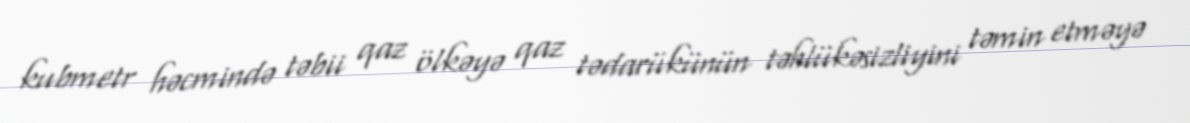
kubmetr həcmində təbii qaz ölkəyə qaz tədarükünün təhlükəsizliyini təmin etməyə